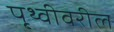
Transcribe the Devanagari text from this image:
पृ्थ्वीवरील